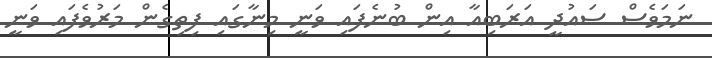
ނަމަވެސް ސައުދީ އަރަބިއާ އިން ބުނެފައި ވަނީ މިނާގައި ފިތިގެން މަރުވެފައި ވަނީ